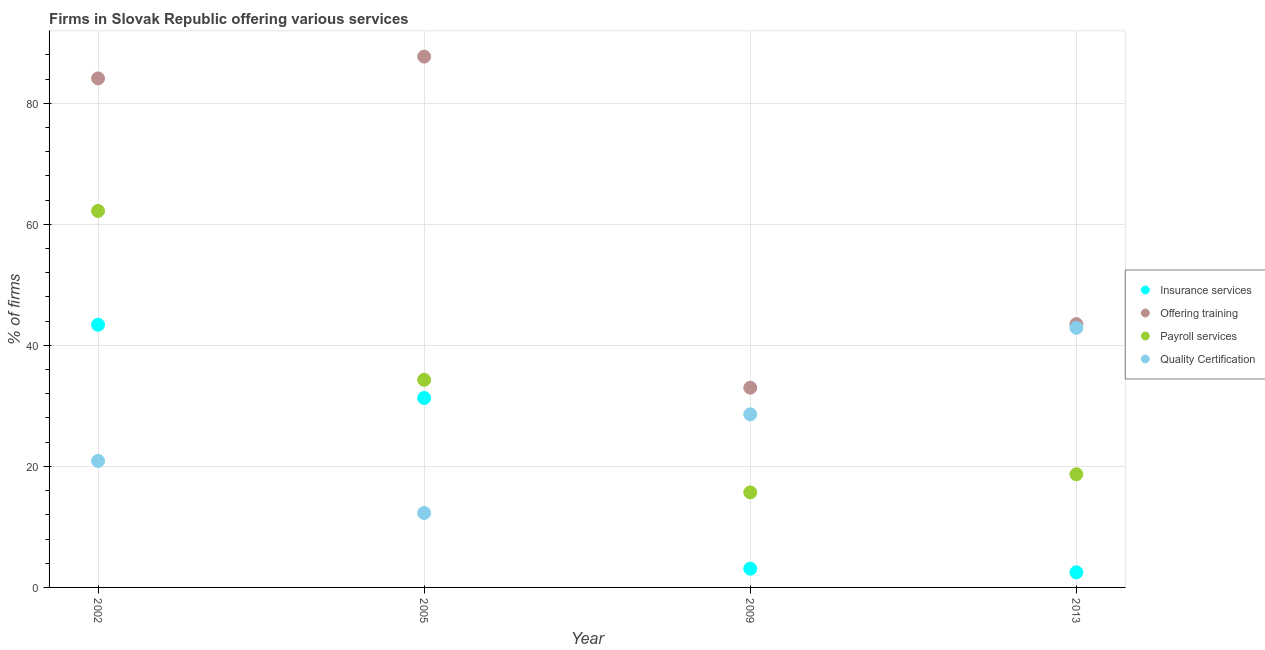
| Year | Insurance services | Offering training | Payroll services | Quality Certification |
 | --- | --- | --- | --- | --- |
 | 2002 | 43.4 | 84.1 | 62.2 | 20.9 |
 | 2005 | 31.3 | 87.7 | 34.3 | 12.3 |
 | 2009 | 3.1 | 33 | 15.7 | 28.6 |
 | 2013 | 2.5 | 43.5 | 18.7 | 42.9 |